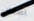
اسنان